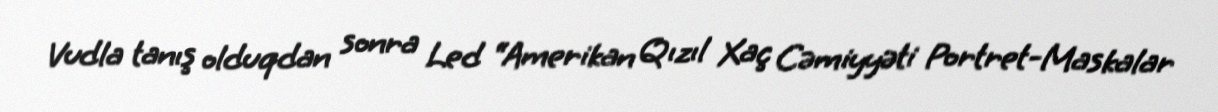
Vudla tanış olduqdan sonra Led “Amerikan Qızıl Xaç Cəmiyyəti Portret-Maskalar